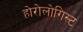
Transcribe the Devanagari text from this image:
होरोलोगिस्ट